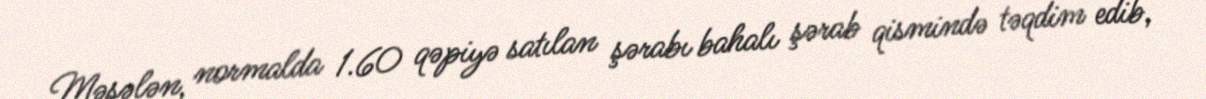
Məsələn, normalda 1.60 qəpiyə satılan şərabı bahalı şərab qismində təqdim edib,